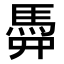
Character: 𩢏